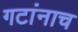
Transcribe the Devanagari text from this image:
गटांनाच